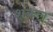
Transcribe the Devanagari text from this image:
शंकल